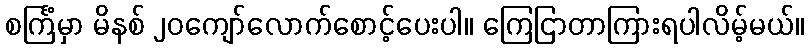
စင်္ကြံမှာ မိနစ် ၂၀ကျော်လောက်စောင့်ပေးပါ။ ကြေငြာတာကြားရပါလိမ့်မယ်။